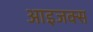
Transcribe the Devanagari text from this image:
आइजक्स